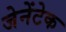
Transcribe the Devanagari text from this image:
जेनेंटेक